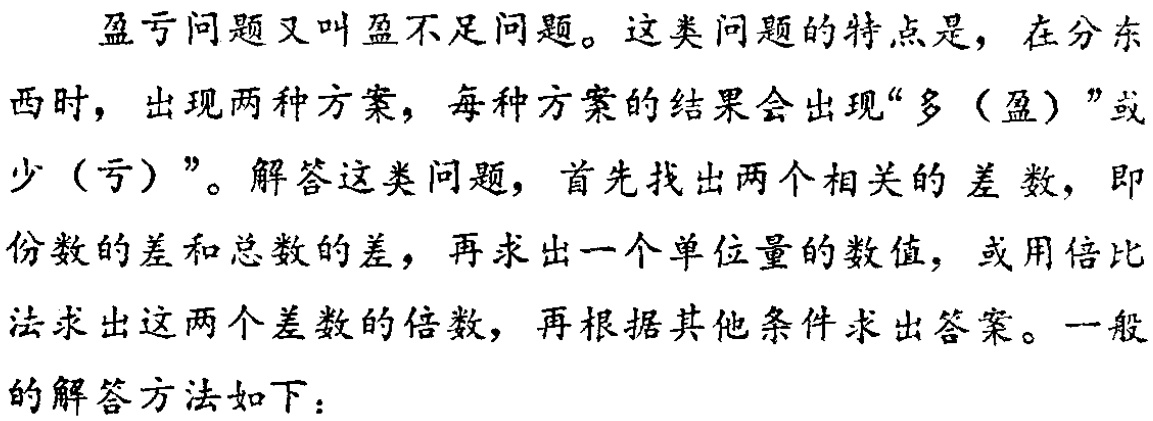
盈亏问题又叫盈不足问题。这类问题的特点是，在分东西时，出现两种方案，每种方案的结果会出现“多（盈）”或少（亏）”。解答这类问题，首先找出两个相关的差数，即份数的差和总数的差，再求出一个单位量的数值，或用倍比法求出这两个差数的倍数，再根据其他条件求出答案。一般的解答方法如下：